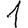
Digit: 1